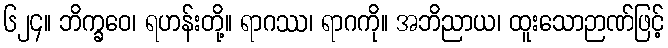
၆၂၄။ ဘိက္ခဝေ၊ ရဟန်းတို့။ ရာဂဿ၊ ရာဂကို။ အဘိညာယ၊ ထူးသောဉာဏ်ဖြင့်